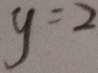
y = 2